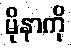
မိုနာကို